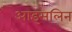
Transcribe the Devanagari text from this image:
आइसलिन